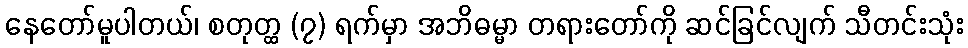
နေတော်မူပါတယ်၊ စတုတ္ထ (၇) ရက်မှာ အဘိဓမ္မာ တရားတော်ကို ဆင်ခြင်လျက် သီတင်းသုံး